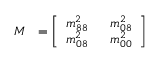
{ \cal M } ~ ~ = \left[ \begin{array} { l l l } { { \displaystyle m _ { 8 8 } ^ { 2 } } } & { { ~ ~ \displaystyle m _ { 0 8 } ^ { 2 } } } \\ { { \displaystyle m _ { 0 8 } ^ { 2 } } } & { { ~ ~ \displaystyle m _ { 0 0 } ^ { 2 } } } \end{array} \right]